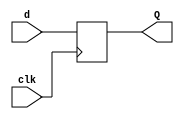
module FFD_beh (
    input clk,d,
    output reg Q
);
    always @(posedge clk) begin
            Q<=d;
    end
endmodule